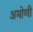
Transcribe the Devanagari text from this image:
अमोणी